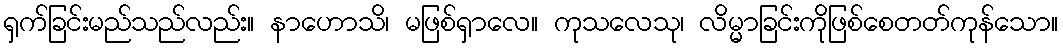
ရှက်ခြင်းမည်သည်လည်း။ နာဟောသိ၊ မဖြစ်ရှာလေ။ ကုသလေသု၊ လိမ္မာခြင်းကိုဖြစ်စေတတ်ကုန်သော။